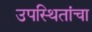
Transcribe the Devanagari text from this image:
उपस्थितांचा